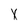
Character: X